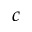
c